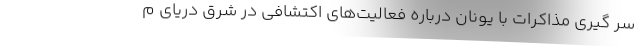
سر گیری مذاکرات با یونان درباره فعالیت‌های اکتشافی در شرق دریای م